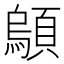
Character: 𫖤